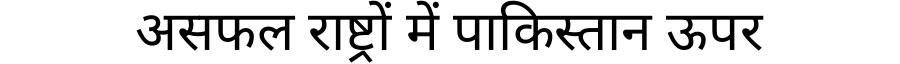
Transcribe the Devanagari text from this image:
असफल राष्ट्रों में पाकिस्तान ऊपर